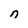
Character: n